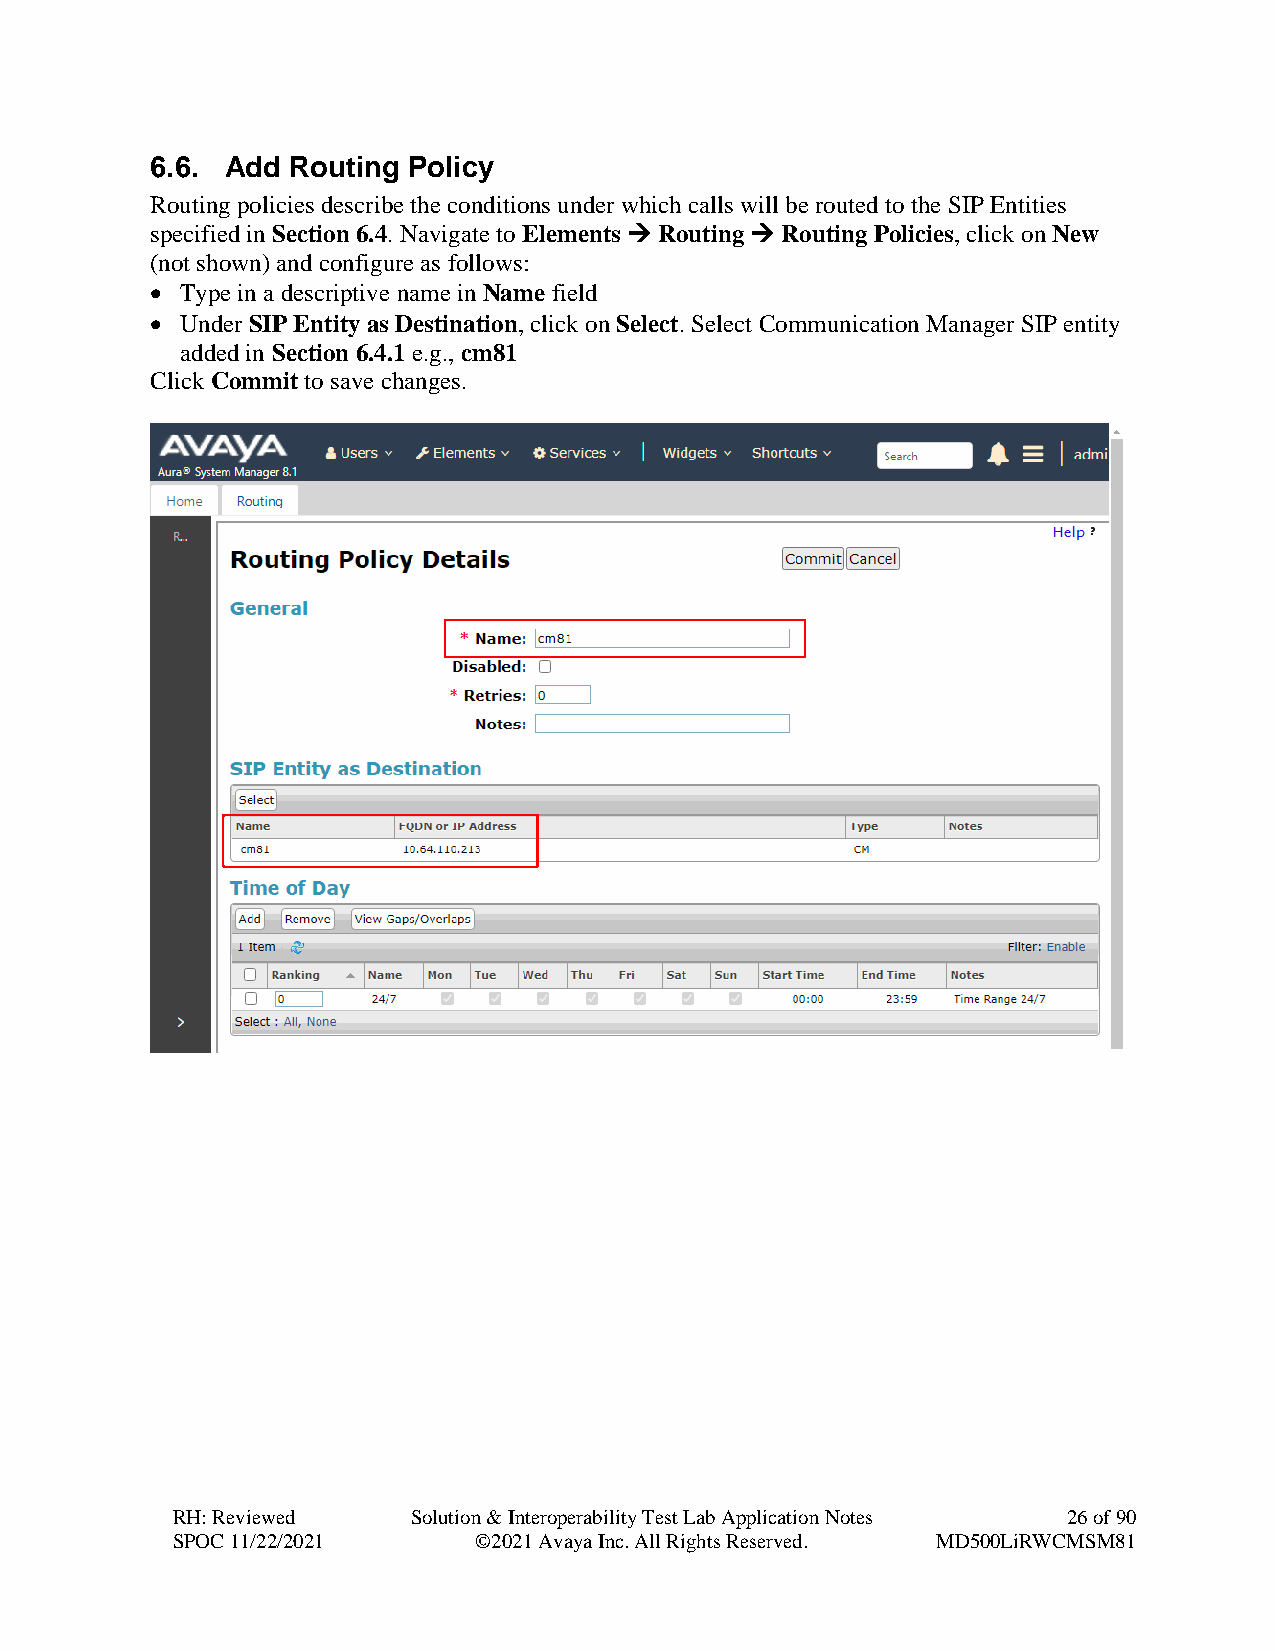
6.6. Add Routing Policy
 Routing policies describe the conditions under which calls will be routed to the SIP Entities
 specified in Section 6.4. Navigate to Elements → Routing → Routing Policies, click on New
 (not shown) and configure as follows:
 • Type in a descriptive name in Name field
 • Under SIP Entity as Destination, click on Select. Select Communication Manager SIP entity
 added in Section 6.4.1 e.g., cm81
 Click Commit to save changes.
 RH: Reviewed    Solution & Interoperability Test Lab Application Notes 26 of 90
 SPOC 11/22/2021     ©2021 Avaya Inc. All Rights Reserved. MD500LiRWCMSM81